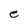
Character: e